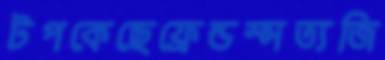
টপকেছেফ্রেন্ডস্সত্যজি